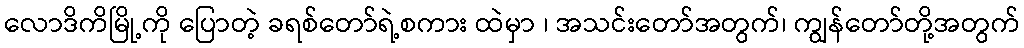
လောဒိကိမြို့ကို ပြောတဲ့ ခရစ်တော်ရဲ့စကား ထဲမှာ ၊ အသင်းတော်အတွက်၊ ကျွန်တော်တို့အတွက်